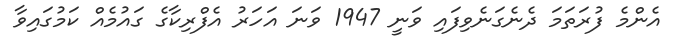
އެންމެ ފުރަތަމަ ދެނެގަނެވިފައި ވަނީ 1947 ވަނަ އަހަރު އެފްރިކާގެ ގައުމެއް ކަމުގައިވާ